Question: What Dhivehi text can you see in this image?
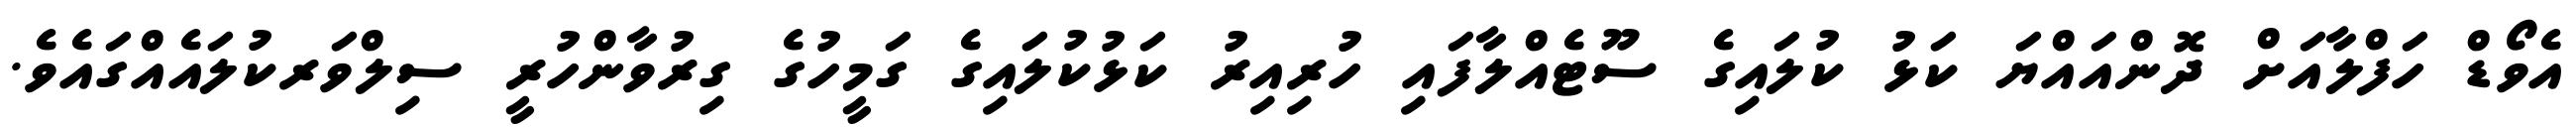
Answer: އެވޯޑް ހަފްލާއަށް ދޮންއައްޔަ ކަޅު ކުލައިގެ ސޫޓެއްލާފައި ހުރިއިރު ކަޅުކުލައިގެ ގަމީހުގެ ގިރުވާންހުރީ ސިލްވަރކުލައެއްގައެވެ.